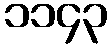
၁၁၄၃